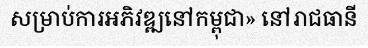
សម្រាប់ការអភិវឌ្ឍនៅកម្ពុជា» នៅរាជធានី